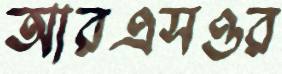
আরএসওর